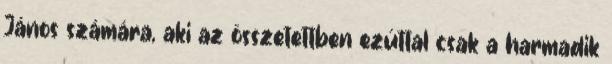
János számára, aki az összetettben ezúttal csak a harmadik